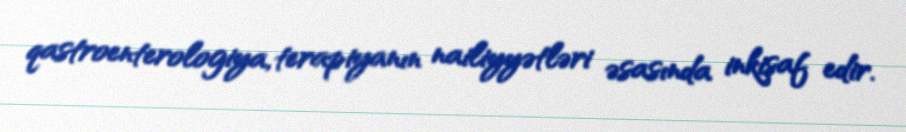
qastroenterologiya, terapiyanın nailiyyətləri əsasında inkişaf edir.